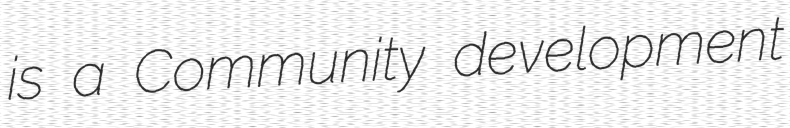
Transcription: is a Community development